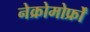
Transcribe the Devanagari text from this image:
नेक्रोमोर्फ्रों